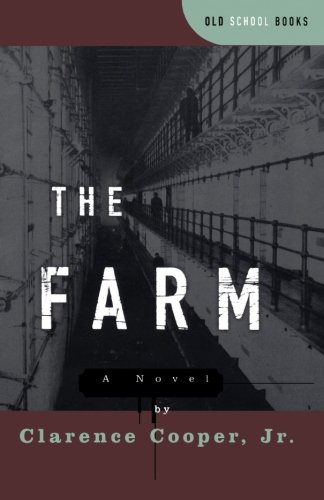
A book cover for The Farm: A Novel (Old School Books); Clarence Cooper Jr.; Literature & Fiction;